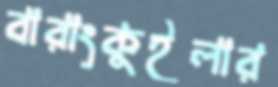
বারাংকুইলার